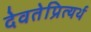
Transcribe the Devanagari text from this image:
देवतेप्रित्यर्थ